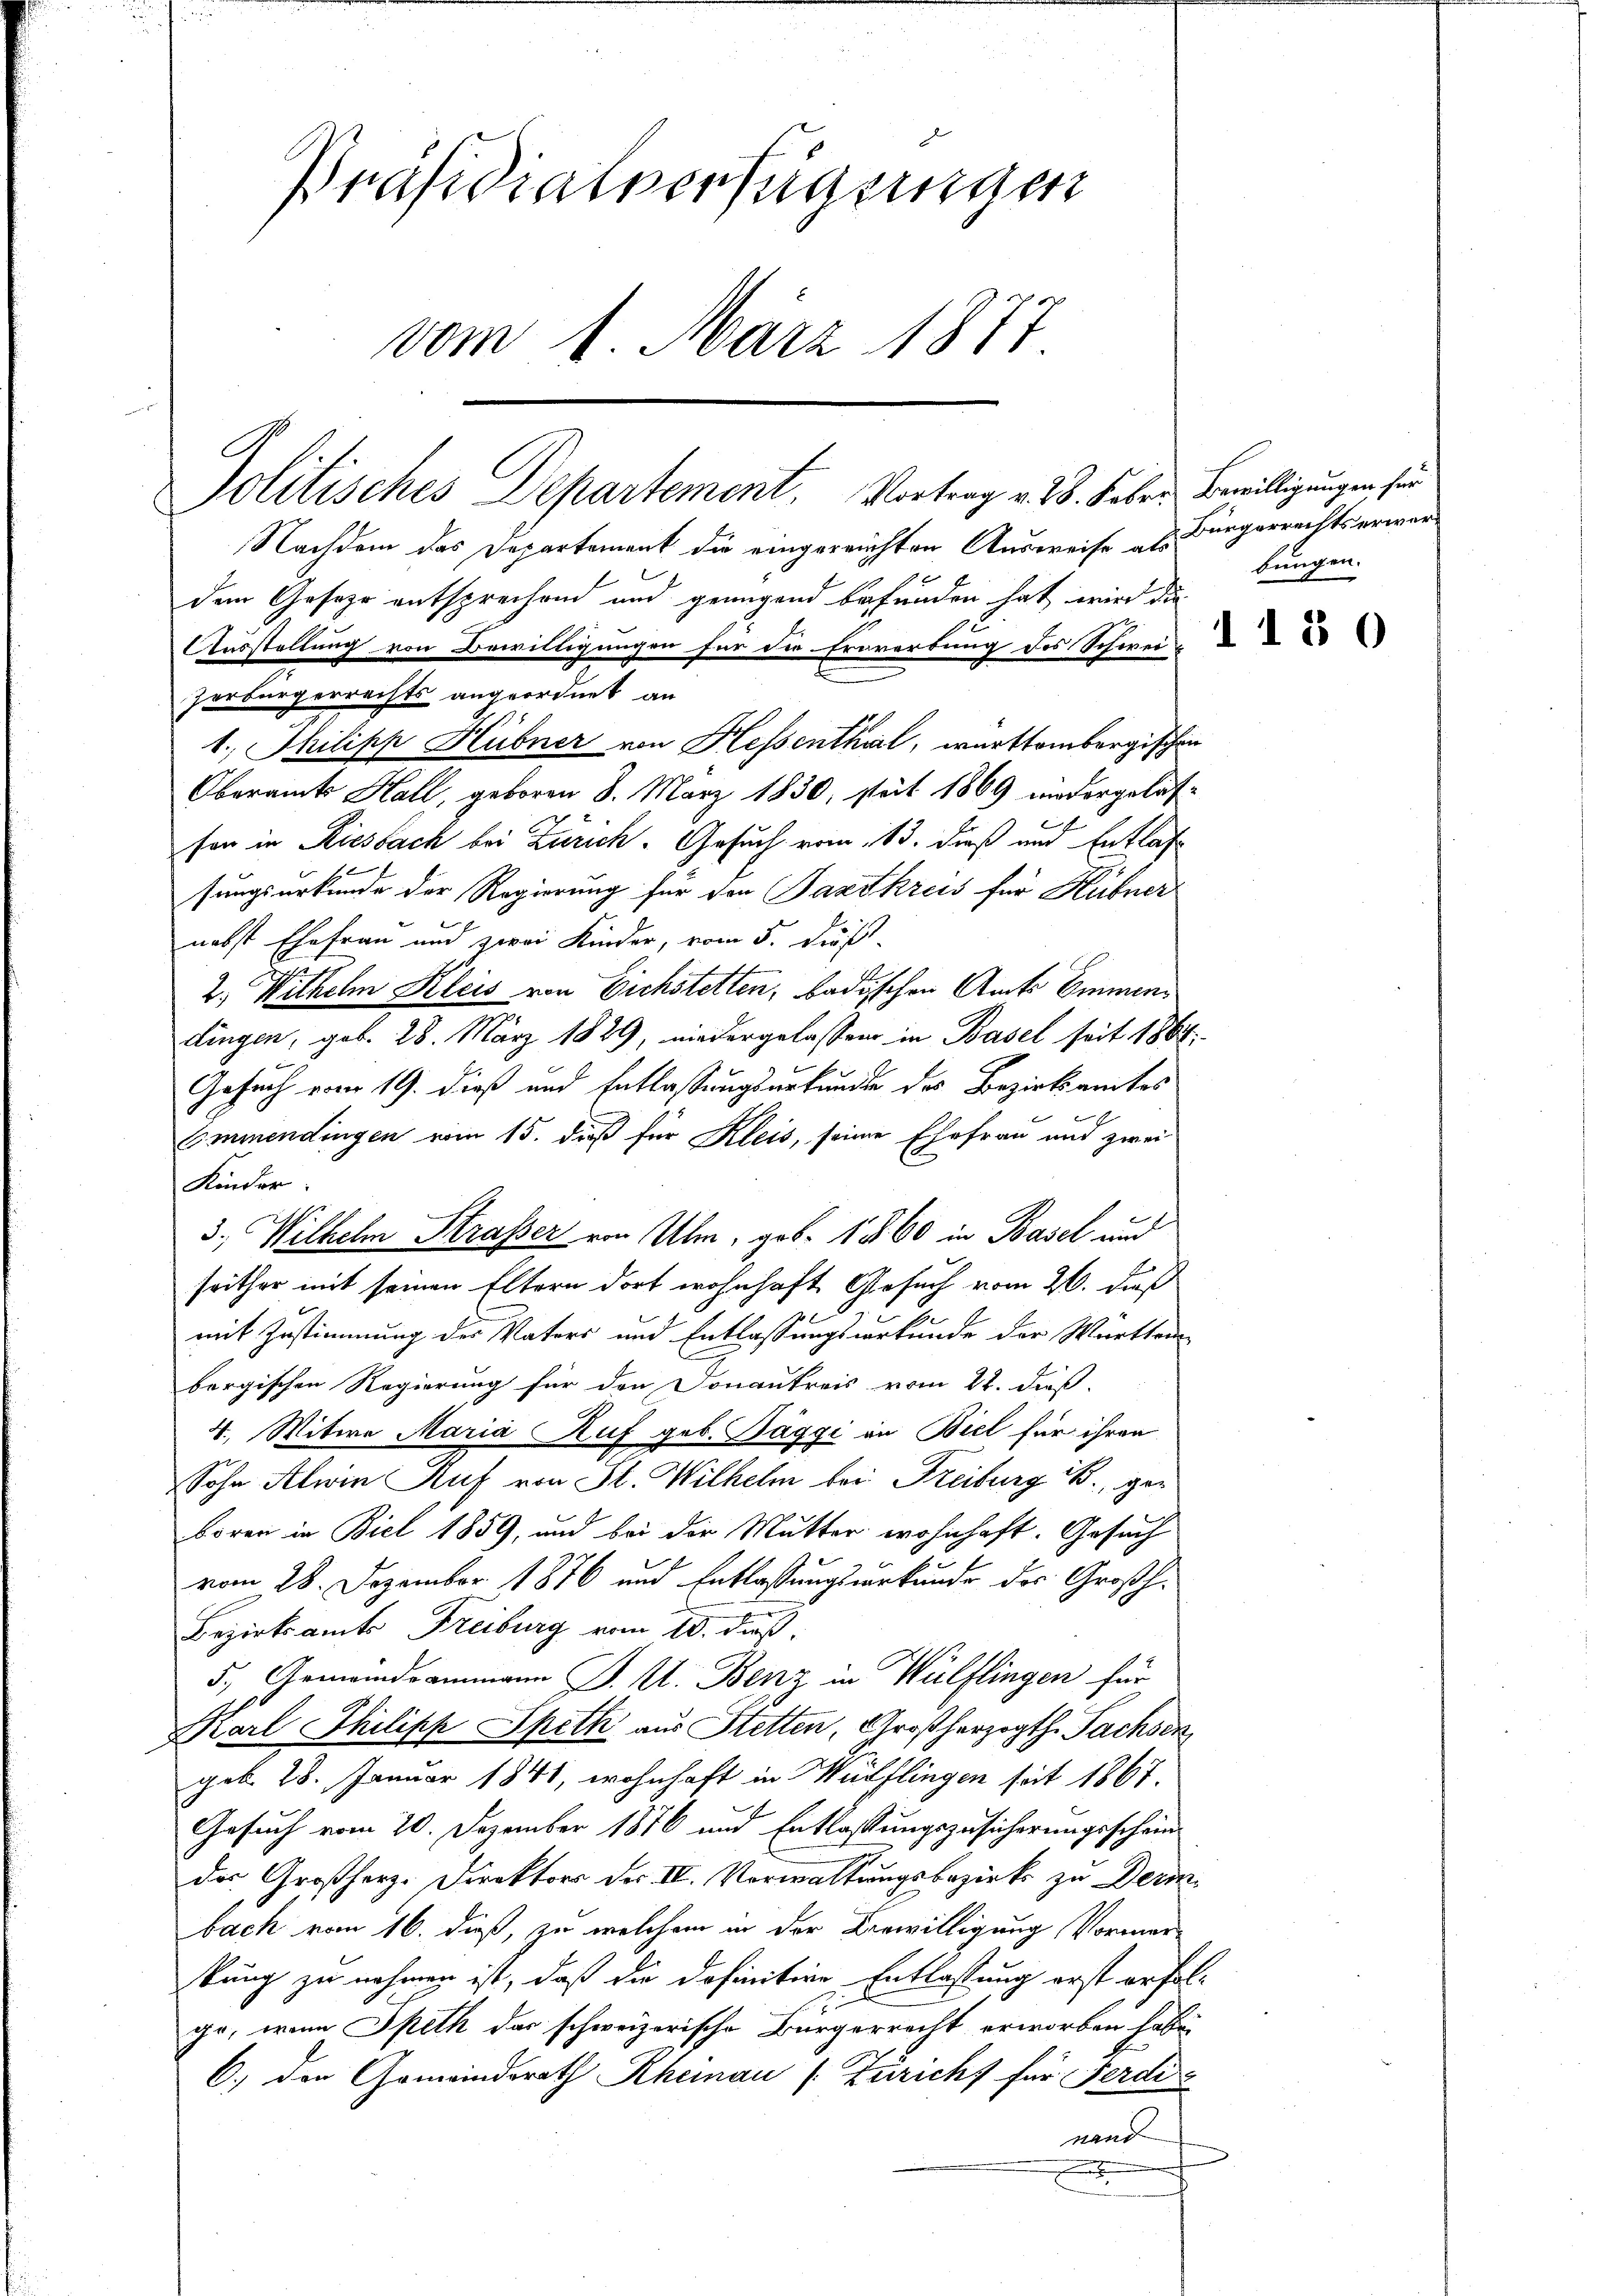
Präsidialverfügungen
vom 1. März 1877

Politisches Departement. Vortrag v. 28. Feber Bewilligungen für

Nachdem das Departement die eingereichten Ausweise H. Bürgerrechts erwardem Geseze entsprechend und genügend befunden hat wird da
Ausstellung von Bewilligungen für die Erwerbung des Schweiz
zerbürgerrechts angeordnet an
1. Philipp Hübner von Hessenthal, württembergischen
Oberamts Hall, geboren 8. März 1830, steit 1869 niedergelas-
fen in Riesbach bei Zürich. Gesuch vom 13. dieß und Entlas
sungsurkunde der Regierung für den Partkreis für Hübner
nebst Ehefrau und zwei Kinder, vom 5. Dies
2. Wilhelm Kleis von Eichstetten, badischen Amts Emmendingen, geb. 28. März 1829, niedergelassen in Basel seit 1864.
Gesuch vom 19. dieß und Entlassungsurkunden des Bezirksamtes
Emmendingen vom 15. dieß für Kleis, seine Ehefrau und zwei
Kinder.
3., Wilhelm Strasser von Ulm, geb. 1860 in Basel und
seither mit seinen Eltern dort wohnhaft Gesuch vom 26. daß
mit Zustimmung des Vaters und Entlassungsurkunde der Württem
bergischen Regierung für den Donantreis vom 21. dieß
4., Witwe Maria Ruf geb. Täggi in Biel für ihren
Sohn Alein Auf von St. Wilhelm bei Freiburg B., geboren in Biel 1859, und bei der Mutter wohnhaft. Gesuch
vom 28. Dezember 1876 und Entlassungsurkunde des Großh.
Bezirksamts Freiburg vom 10. dieß,
5., Gemeindrammann J. U. Benz in Wülflingen für
Karl Philipp Speth aus Stetten, Großherzogth. Sachsen
geb. 28. Januar 1841, wohnhaft in Wülflingen seit 1867.
Gesuch vom 20. Dezember 1876 und Entlassungszusicherungsscheindas Großherz-Direktors der IV. Vorwaltungsbezirks zu Derinbach vom 16. dieß, zu welchem in der Bewilligung, Vormerkung zu nehmen ist, daß die definitive Entlassung erst erfolgo, wenn Speth das schweizerische Bürgerrecht erworben habe,
6.) den Gemeindsrath Rheinau (Zürich für Ferdi
nand
.

bungen.